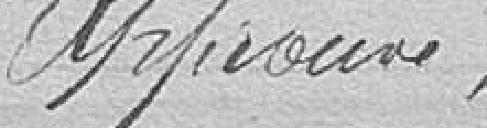
Approuvé,